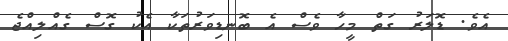
އެވެ. ޑޮލަރު ގަތް މީހާ ވެސް އެ ބޮނޑިވަރުތަކާ އެކު ގޮސް ގެއްލިއްޖެ